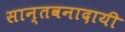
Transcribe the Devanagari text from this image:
सान्तवनादायी